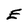
Character: E